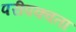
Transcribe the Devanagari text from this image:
परीपक्वता